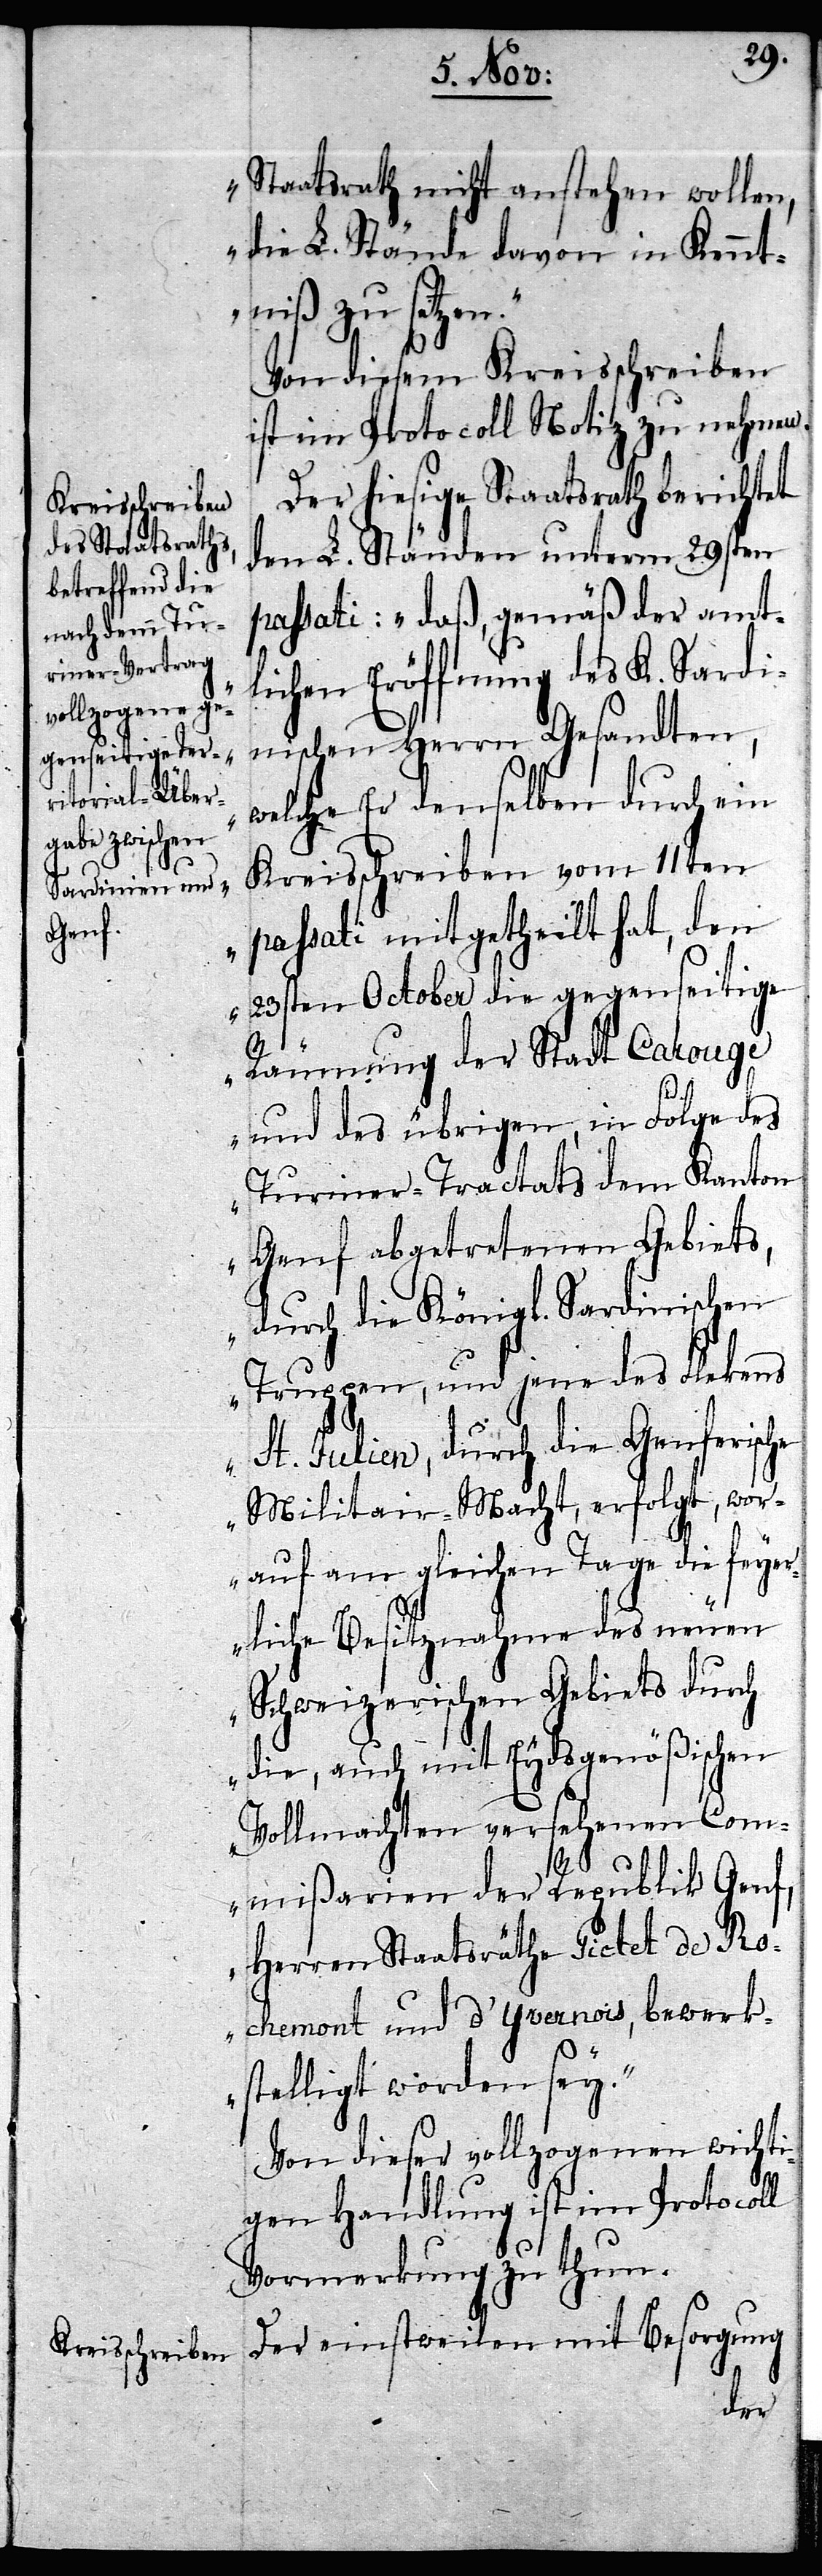
Staatsrath nicht anstehen wollen,
die L. Stände davon in Kennt¬
niß zu setzen.“
Von diesem Kreisschreiben
ist im Protocoll Notiz zu nehmen.
Der hiesige Staatsrath berichtet
den L. Ständen unterm 29sten
passati: „daß, gemäß der amt¬
lichen Eröffnung des K. Sardi¬
nischen Herrn Gesandten,
welche Er denselben durch ein
Kreisschreiben vom 11ten
passati mitgetheilt hat, den
23sten October die gegenseitige
Räumung der Stadt Carouge
und des übrigen, in Folge des
Turiner-Tractats dem Kanton
Genf abgetretenen Gebiets,
durch die Königl. Sardinischen
Truppen, und jene des Flekens
St. Julien, durch die Genferische
Militair-Macht, erfolgt, wor¬
auf am gleichen Tage die feye¬
rliche Besitznahme des neuen
Schweizerischen Gebiets durch
die, auch mit Eydsgenößischen
Vollmachten versehenen Com¬
mißarien der Republik Genf,
Herren Staatsräthe Pictet de
Rochemont und d’Yvernois, bewerk¬
stelligt worden sey.“
Von dieser vollzogenen wichti¬
gen Handlung ist im Protocoll
Vormerkung zu thun.
Der einstweilen mit Besorgung